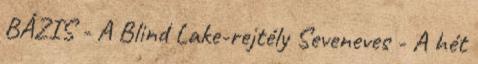
BÁZIS - A Blind Lake-rejtély Seveneves - A hét